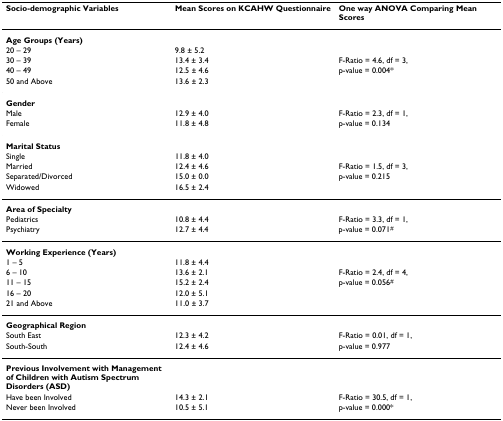
| Socio-demographic Variables | Mean Scores on KCAHW Questionnaire | One way ANOVA Comparing Mean Scores |
 | --- | --- | --- |
 | Age Groups (Years) |  |  |
 | 20 – 29 | 9.8 ± 5.2 |  |
 | 30 – 39 | 13.4 ± 3.4 | F-Ratio = 4.6, df = 3, |
 | 40 – 49 | 12.5 ± 4.6 | p-value = 0.004* |
 | 50 and Above | 13.6 ± 2.3 |  |
 | Gender |  |  |
 | Male | 12.9 ± 4.0 | F-Ratio = 2.3, df = 1, |
 | Female | 11.8 ± 4.8 | p-value = 0.134 |
 | Marital Status |  |  |
 | Single | 11.8 ± 4.0 |  |
 | Married | 12.4 ± 4.6 | F-Ratio = 1.5, df = 3, |
 | Separated/Divorced | 15.0 ± 0.0 | p-value = 0.215 |
 | Widowed | 16.5 ± 2.4 |  |
 | Area of Specialty |  |  |
 | Pediatrics | 10.8 ± 4.4 | F-Ratio = 3.3, df = 1, |
 | Psychiatry | 12.7 ± 4.4 | p-value = 0.071# |
 | Working Experience (Years) |  |  |
 | 1 – 5 | 11.8 ± 4.4 |  |
 | 6 – 10 | 13.6 ± 2.1 | F-Ratio = 2.4, df = 4, |
 | 11 – 15 | 15.2 ± 2.4 | p-value = 0.056# |
 | 16 – 20 | 12.0 ± 5.1 |  |
 | 21 and Above | 11.0 ± 3.7 |  |
 | Geographical Region |  |  |
 | South East | 12.3 ± 4.2 | F-Ratio = 0.01, df = 1, |
 | South-South | 12.4 ± 4.6 | p-value = 0.977 |
 | Previous Involvement with Management of Children with Autism Spectrum Disorders (ASD) |  |  |
 | Have been Involved | 14.3 ± 2.1 | F-Ratio = 30.5, df = 1, |
 | Never been Involved | 10.5 ± 5.1 | p-value = 0.000* |